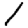
Digit: 1